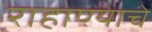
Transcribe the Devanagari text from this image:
राहाण्याचे